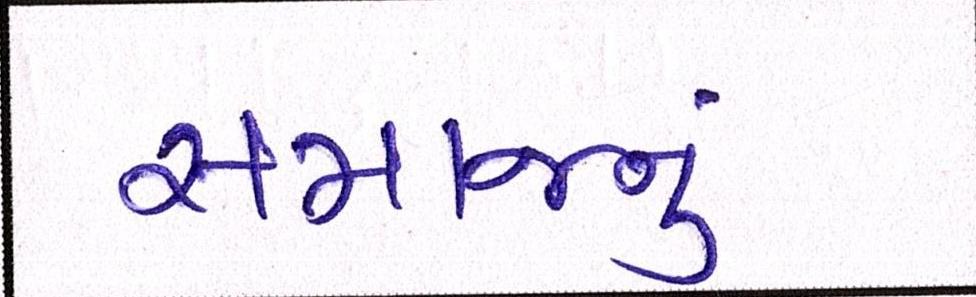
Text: સમાજનું